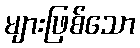
များဖြစ်သော